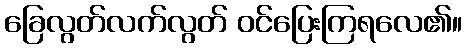
ခြေလွတ်လက်လွတ် ဝင်ပြေးကြရလေ၏။